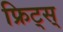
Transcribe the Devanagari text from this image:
फ्रिट्स्